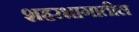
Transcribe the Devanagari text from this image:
शहरभागातील